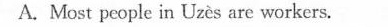
A. Most people in Uzès are workers.